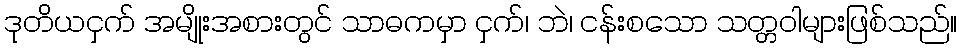
ဒုတိယငှက် အမျိုးအစားတွင် သာဓကမှာ ငှက်၊ ဘဲ၊ ငန်းစသော သတ္တဝါများဖြစ်သည်။